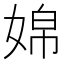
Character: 婂